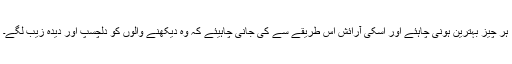
ہر چیز بہترین ہونی چاہئے اور اسکی آرائش اس طریقے سے کی جانی چاہیئے کہ وہ دیکھنے والوں کو دلچسپ اور دیدہ زیب لگے۔